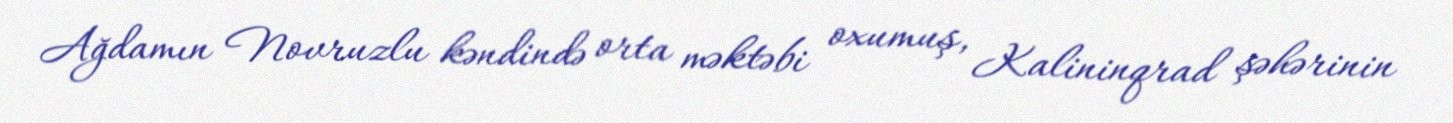
Ağdamın Novruzlu kəndində orta məktəbi oxumuş, Kalininqrad şəhərinin